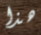
هذا